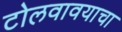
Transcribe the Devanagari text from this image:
टोलवावयाचा